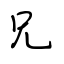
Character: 兄